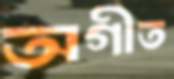
অগীত